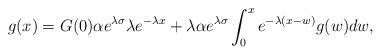
LaTeX: \begin{align*}g(x) = G(0)\alpha e^{\lambda \sigma}\lambda e^{-\lambda x} + \lambda \alpha e^{\lambda \sigma}\int_{0}^x e^{-\lambda(x - w)}g(w)dw,\end{align*}